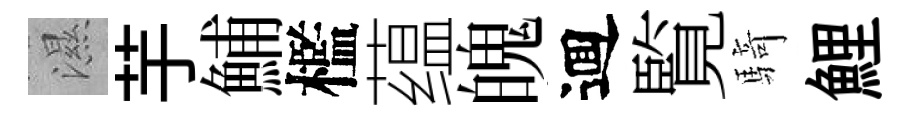
濕芋鯆檻蕴魄逥覧騎鯉